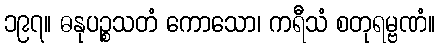
၁၉၇။ ဓနုပဉ္စသတံ ကောသော၊ ကရီသံ စတုရမ္ဗဏံ။